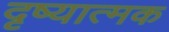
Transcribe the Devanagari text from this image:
दृष्यात्मक